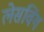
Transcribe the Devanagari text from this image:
लेसविंग